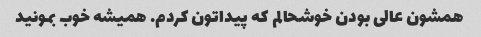
همشون عالی بودن خوشحالم که پیداتون کردم. همیشه خوب بمونید